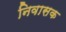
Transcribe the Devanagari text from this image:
निवासक